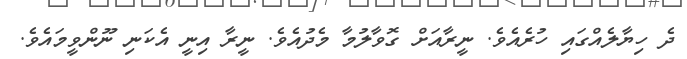
ދެ ހިޔާލެއްގައި ހުރެއެވެ. ނީރާއަށް ގޮވާލުމާ މެދުއެވެ. ނީރާ އިނީ އެކަނި ނޫންވީމައެވެ.